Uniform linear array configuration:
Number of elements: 32
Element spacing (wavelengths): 0.5
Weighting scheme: cosine
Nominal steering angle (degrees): -60
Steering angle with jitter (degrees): -59.186
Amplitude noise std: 0.05
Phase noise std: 0.05

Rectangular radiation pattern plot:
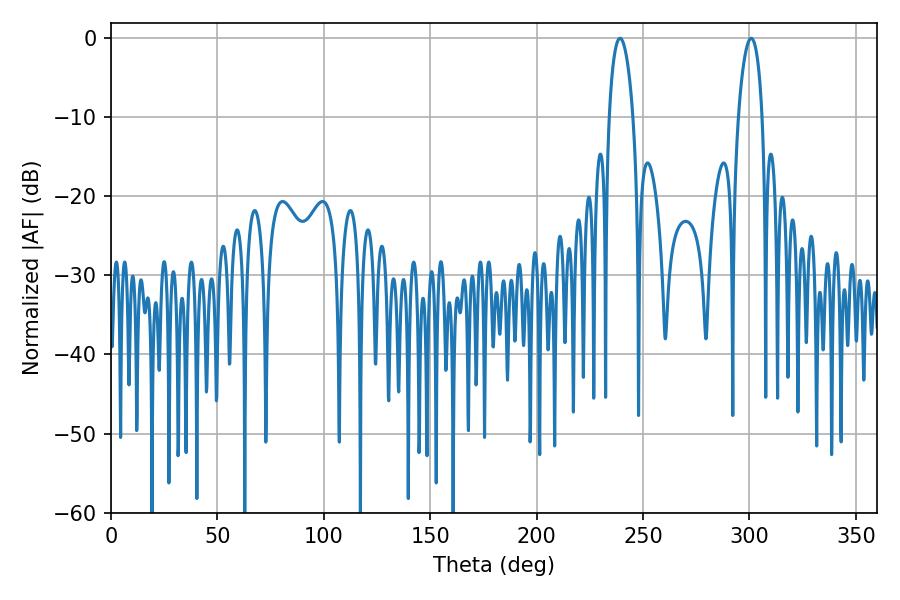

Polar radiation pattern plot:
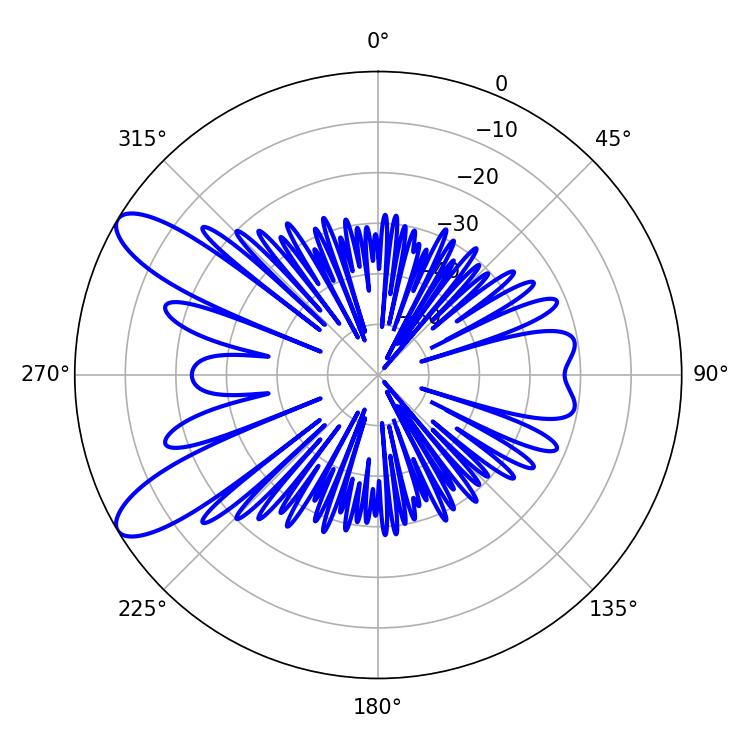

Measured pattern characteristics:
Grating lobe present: FALSE
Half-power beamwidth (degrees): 6.3
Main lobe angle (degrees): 239.22